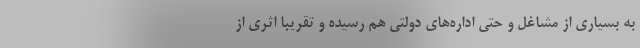
به بسیاری از مشاغل و حتی اداره‌های دولتی هم رسیده و تقریبا اثری از